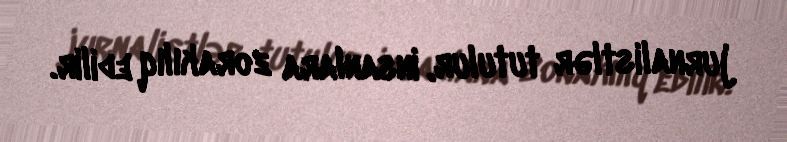
jurnalistlər tutulur, insanlara zorakılıq edilir.